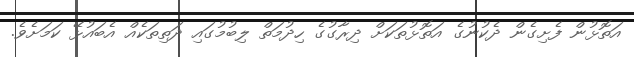
އަތޮޅުން ފެށިގެން ދެކުނުގެ އަތޮޅުތަކަށް ދިރާގުގެ ހިދުމަތް ލިބުމުގައި ދަތިތަކެއް އެބައުޅޭ ކަމަށެވެ.